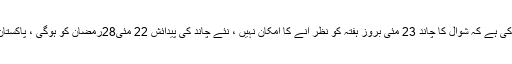
تفصیلات کے مطابق محکمہ موسمیات نے پیش گوئی کی ہے کہ شوال کا چاند 23 مئی بروز ہفتہ کو نظر آنے کا امکان نہیں ، نئے چاند کی پیدائش 22 مئی28رمضان کو ہوگی ، پاکستان میں رات 10بجکر 39منٹ پر چاند کی پیدائش ہوگی۔